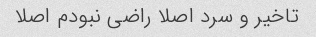
تاخیر و سرد اصلا راضی نبودم اصلا